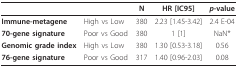
|  |  | N | HR [IC95] | p-value |
 | --- | --- | --- | --- | --- |
 | Immune-metagene | High vs Low | 380 | 2.23 [1.45-3.42] | 2.4 E-04 |
 | 70-gene signature | Poor vs Good | 380 | 1 [1] | NaN* |
 | Genomic grade index | High vs Low | 380 | 1.30 [0.53-3.18] | 0.56 |
 | 76-gene signature | Poor vs Good | 317 | 1.40 [0.96-2.03] | 0.08 |